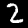
Label: 2